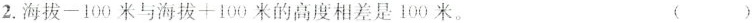
2.海拔$$- 1 0 0$$米与海拔$$+ 1 0 0$$米的高度相差是100米。 ( )